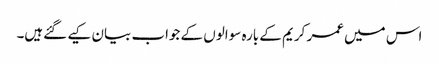
اس میں عمر کریم کے بارہ سوالوں کے جواب بیان کیے گئےہیں۔